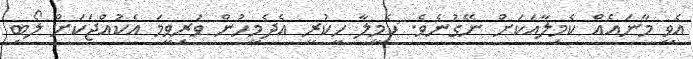
އެވީ މާނައެއް ކެމިލާއަކަށް ނޭގުނެވެ. ކެމީލާ ހީކުރީ އެދެމީހުން ވަރިވީމަ އެކުއްޖަކަށް ލޯބި